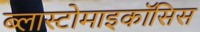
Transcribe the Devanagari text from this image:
ब्लास्टोमाइकॉसिस